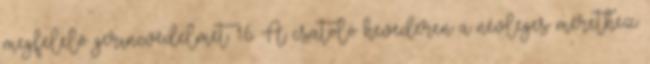
megfelelõ gerincvédelmet. 1.6. A csatoló hevederen a névleges mérethez